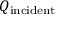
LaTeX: Q _ { \mathrm { i n c i d e n t } }